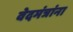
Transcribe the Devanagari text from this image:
वेदमंत्रांना